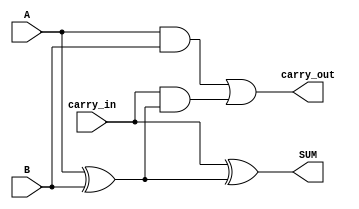
`timescale 1ns / 1ps



module full_adder(
        input A,
        input B,
        input carry_in,
        output SUM,
        output carry_out
    );
    
	// Modul icindeki baglantilari gosteren wire degiskenlerini tanimlayalim.
    wire temp_ab_xor, temp_ab_and;
    wire temp_Cin_and;	//Cin girii ile temp_ab_xor'un and sonucu
	
	xor (temp_ab_xor,	A,	B);
	xor (SUM,	carry_in,	temp_ab_xor);
	
	and	(temp_Cin_and,	carry_in,	temp_ab_xor);
	and	(temp_ab_and, A, B);
	or	(carry_out, temp_ab_and, temp_Cin_and);
    
endmodule